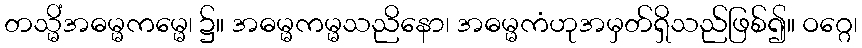
တသ္မိံအဓမ္မကမ္မေ၊ ၌။ အဓမ္မကမ္မသညိနော၊ အဓမ္မကံဟုအမှတ်ရှိသည်ဖြစ်၍။ ဝဂ္ဂေ၊